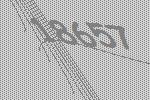
18657